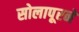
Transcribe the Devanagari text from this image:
सोलापूरने